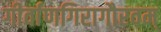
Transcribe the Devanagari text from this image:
गीर्वाणगिरागौरवम्